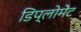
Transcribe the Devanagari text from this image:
डिप्लोमेंट